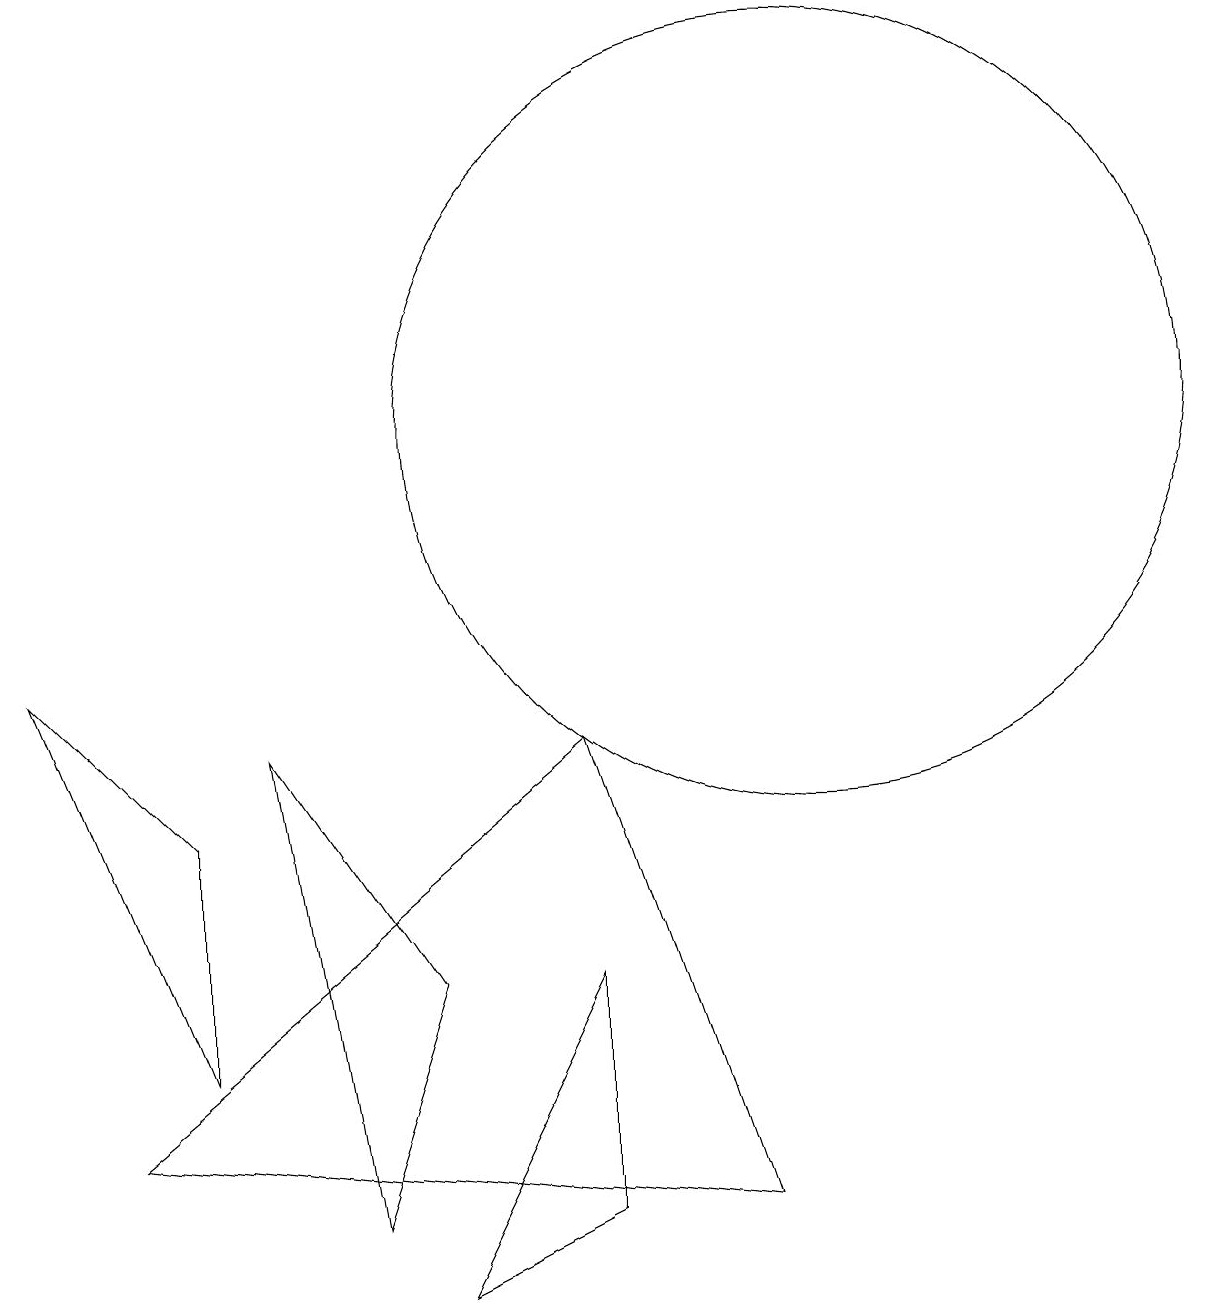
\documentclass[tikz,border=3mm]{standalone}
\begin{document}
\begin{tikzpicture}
\draw (9,2) -- (7,8) -- (1,3) -- cycle;
\draw (0,9) -- (2,7) -- (2,4) -- cycle;
\draw (7,5) -- (5,1) -- (7,2) -- cycle;
\draw (4,2) -- (5,5) -- (3,8) -- cycle;
\draw (10,12) circle (5);
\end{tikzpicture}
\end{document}